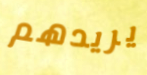
يريدهم